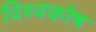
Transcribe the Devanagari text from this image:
विश्‍वकोष